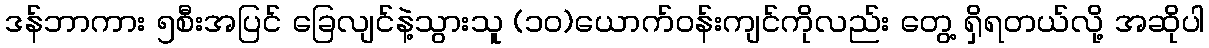
ဒန်ဘာကား ၅စီးအပြင် ခြေလျင်နဲ့သွားသူ (၁၀)ယောက်ဝန်းကျင်ကိုလည်း တွေ့ ရှိရတယ်လို့ အဆိုပါ